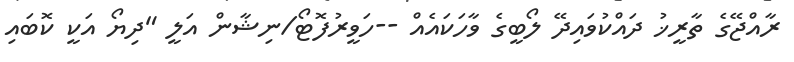
ރާއްޖޭގެ ތާރީޚު ދައްކުވައިދޭ ލޯބީގެ ވާހަކައެއް --ހަވީރުފޮޓޯ/ނިޝާން އަލީ "ދިޔޯ އަކީ ކޮބައި